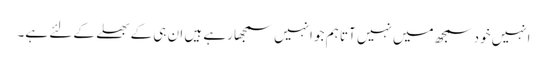
انہیں خود سمجھ میں نہیں آتا ہم جو انہیں سمجھا رہے ہیں ان ہی کے بھلے کے لئے ہے۔